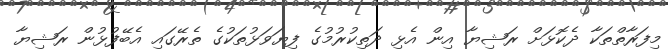
މިފަރާތްތަކާ ދެކޮޅަށް ރަޝިޔާ އިން އެޅި ދަތިކުރުމުގެ ފިޔަވަޅުތަކުގެ ތެރޭގައި އެބޭފުޅުން ރަޝިޔާ